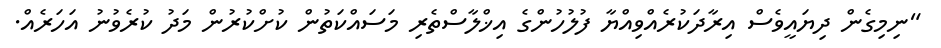
"ނިމިގެން ދިޔައީވެސް އިރާދަކުރެއްވިއްޔާ ފުލުހުންގެ އިޚްލާސްތެރި މަސައްކަތުން ކުށްކުރުން މަދު ކުރެވުނު އަހަރެއް.